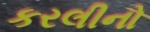
કરલીનો